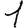
Digit: 1